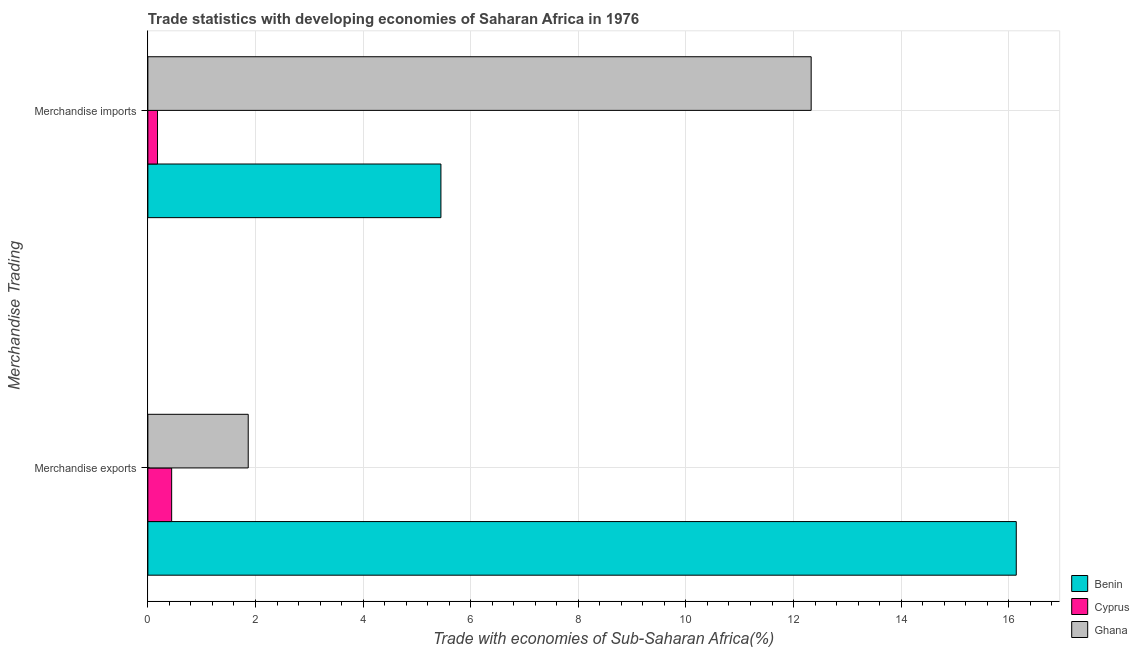
| Merchandise Trading | Benin | Cyprus | Ghana |
 | --- | --- | --- | --- |
 | Merchandise exports | 16.1 | 0.442 | 1.87 |
 | Merchandise imports | 5.45 | 0.179 | 12.3 |